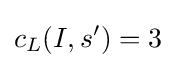
c_{L}(I,s')=3